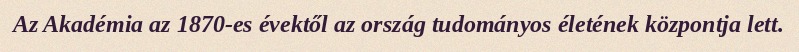
Az Akadémia az 1870-es évektől az ország tudományos életének központja lett.